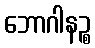
ဘောဂါနဉ္စ